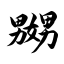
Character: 嬲